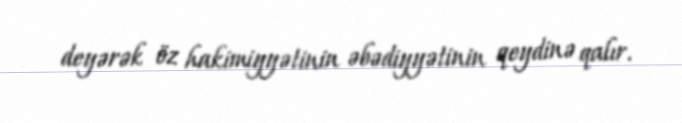
deyərək öz hakimiyyətinin əbədiyyətinin qeydinə qalır.